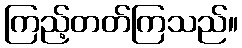
ကြည့်တတ်ကြသည်။